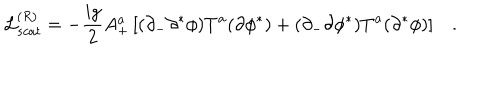
LaTeX: { \cal L } _ { s c a t } ^ { ( R ) } = - \frac { i g } { 2 } A _ { + } ^ { a } \left[ ( \partial _ { - } \partial ^ { * } \phi ) T ^ { a } ( \partial \phi ^ { * } ) + ( \partial _ { - } \partial \phi ^ { * } ) T ^ { a } ( \partial ^ { * } \phi ) \right] .